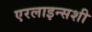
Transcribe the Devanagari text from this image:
एरलाइन्सशी